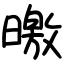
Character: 曒